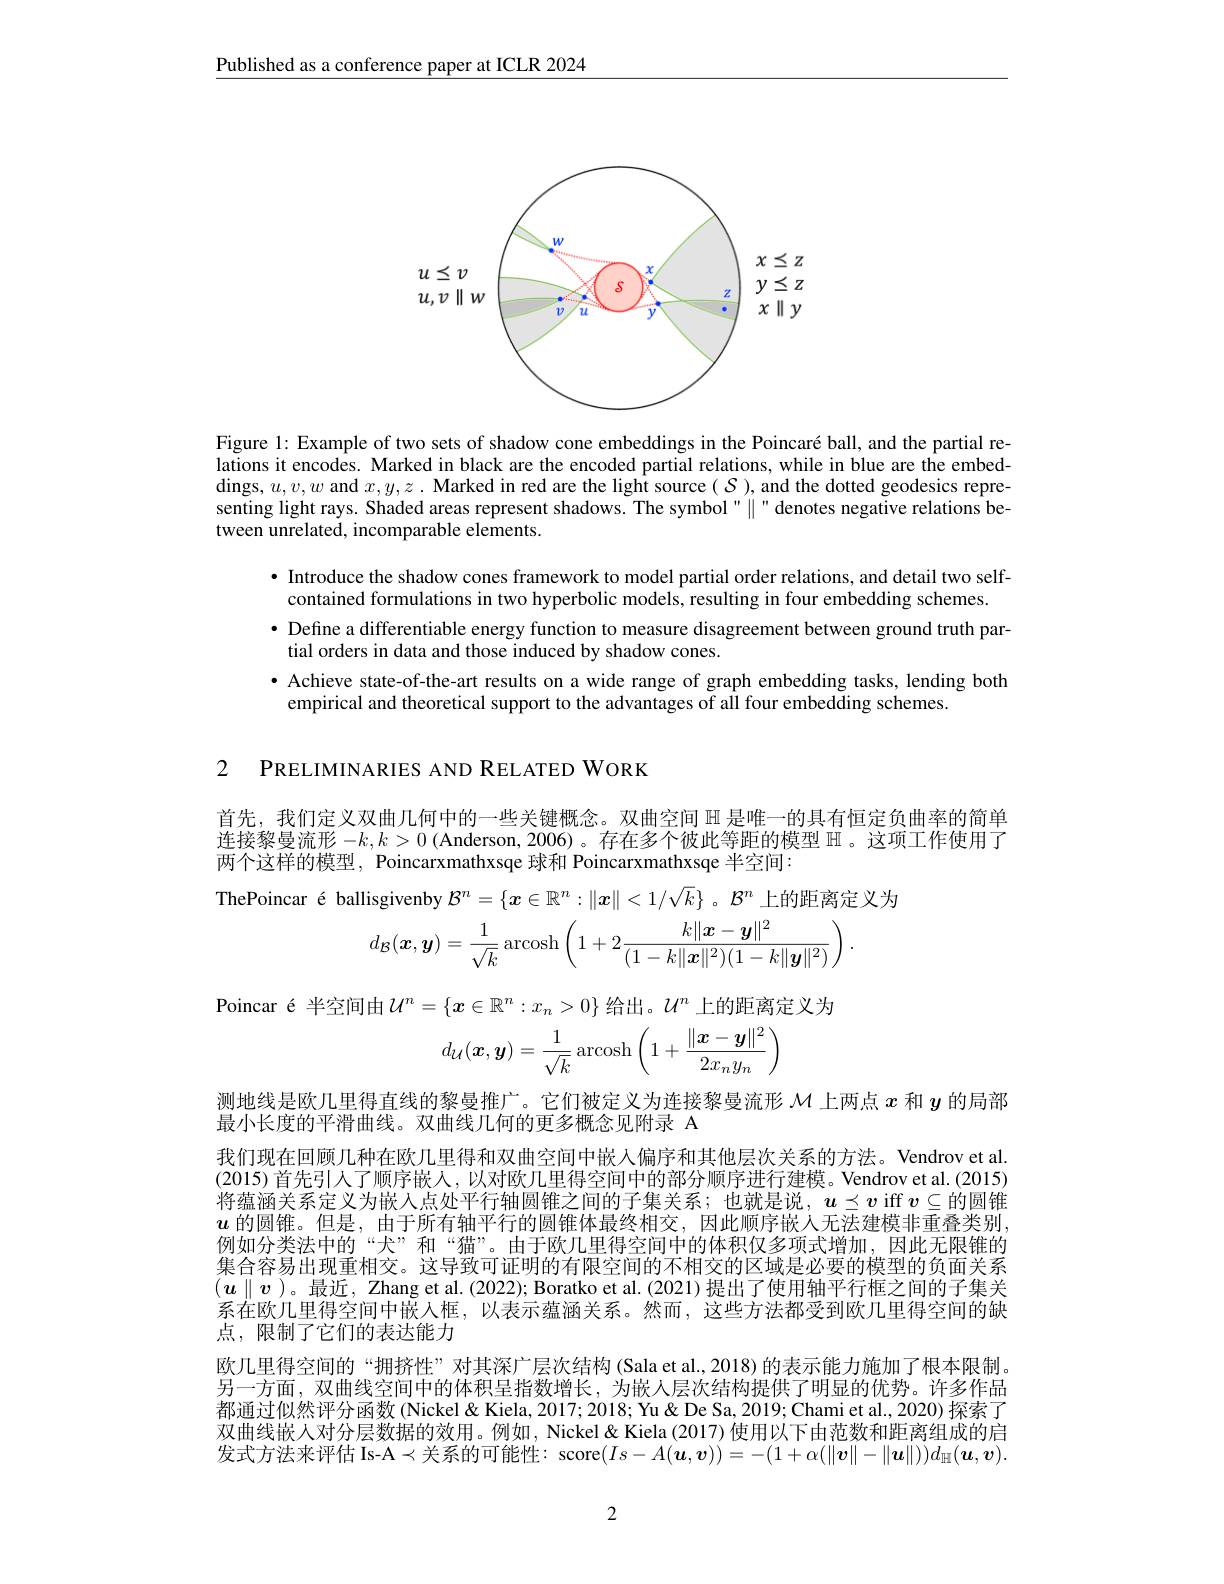
$\underline{\text{Published as a conference paper at ICLR 2024}}$

<FigureHere>

Figure l: Example of two sets of shadow cone embeddings in the Poincaré ball, and the partial relations it encodes. Marked in black are the encoded partial relations, while in blue are the embeddings, $u,v,w$ and $x,y,z.$ Marked in red are the light source( $\mathcal{S})$, and the dotted geodesics representing light rays. Shaded areas represent shadows. The symbol" " denotes negative relations between unrelated, incomparable elements.

· Introduce the shadow cones framework to model partial order relations, and detail two self-
contained formulations in two hyperbolic models, resulting in four embedding schemes.
· Define a differentiable energy function to measure disagreement between ground truth par-
tial orders in data and those induced by shadow cones.
·Achieve state-of-the-art results on a wide range of graph embedding tasks, lending both
empirical and theoretical support to the advantages of all four embedding schemes.

2 PRELIMINARIES AND RELATED WORK

首先，我们定义双曲几何中的一些关键概念。双曲空间 亚是唯一的具有恒定负曲率的简单连接黎曼流形$-k,k>0$ (Anderson, 2006)。存在多个彼此等距的模型$\mathbb{H}$ 。这项工作使用了两个这样的模型，Poincarxmathxsqe 球和 Poincarxmathxsqe 半空间：

é
$$\text{ısgıvenby }\mathcal{B}^{n}=\{\boldsymbol{x}\in\mathbb{R}^{n}:\|\boldsymbol{x}\|<1/\sqrt{k}\}\text{ 。}\mathcal{B}^{n}\text{ 上的距离定}\\d_{\mathcal{B}}(\boldsymbol{x},\boldsymbol{y})=\frac{1}{\sqrt{k}}\operatorname{arcosh}\left(1+2\frac{k\|\boldsymbol{x}-\boldsymbol{y}\|^{2}}{(1-k\|\boldsymbol{x}\|^{2})(1-k\|\boldsymbol{y}\|^{2})}\right).$$
Poincar é 半空间由$\mathcal{U}^n=\{\boldsymbol{x}\in\mathbb{R}^n:x_n>0\}$ 给出。$\mathcal{U}^n$ 上的距离定义为
$$d_\mathcal{U}(\boldsymbol{x},\boldsymbol{y})=\dfrac{1}{\sqrt{k}}\operatorname{arcosh}\left(1+\dfrac{\|\boldsymbol{x}-\boldsymbol{y}\|^2}{2x_ny_n}\right)$$
测地线是欧几里得直线的黎曼推广。它们被定义为连接黎曼流形$\mathcal{M}$上两点$x$和$y$的局部

最小长度的平滑曲线。双曲线几何的更多概念见附录 A
我们现在回顾几种在欧几里得和双曲空间中嵌人偏序和其他层次关系的方法。Vendrov et al. (2015)首先引人了顺序嵌入，以对欧几里得空间中的部分顺序进行建模。Vendrov et al.(2015) 将蕴涵关系定义为嵌入点处平行轴圆锥之间的子集关系；也就是说，$u\preceq v$ iff $v\subseteq$的圆锥$\boldsymbol{u}$的圆锥。但是，由于所有轴平行的圆锥体最终相交，因此顺序嵌人无法建模非重叠类别例如分类法中的“犬”和“猫”。由于欧几里得空间中的体积仅多项式增加，因此无限锥的集合容易出现重相交。这导致可证明的有限空间的不相交的区域是必要的模型的负面关系$(u\parallel v$ )。最近，Zhang et al. (2022); Boratko et al. (2021) 提出了使用轴平行框之间的子集关系在欧几里得空间中嵌人框，以表示蕴涵关系。然而，这些方法都受到欧几里得空间的缺点，限制了它们的表达能力
欧几里得空间的“拥挤性”对其深广层次结构(Sala et al., 2018) 的表示能力施加了根本限制。另一方面，双曲线空间中的体积呈指数增长，为嵌人层次结构提供了明显的优势。许多作品都通过似然评分函数 (Nickel& Kiela, 2017; 2018; Yu & Yu & Pe Sa, 2019; Chami et al., 2020) 探索了双曲线嵌人对分层数据的效用。例如，Nickel & Kiela (2017) 使用以下由范数和距离组成的启发式方法来评估 Is-A$\prec$关系的可能性：score$(Is-A(\boldsymbol{u},\boldsymbol{v}))=-(1+\alpha(\|\boldsymbol{v}\|-\|\boldsymbol{u}\|))d_{\mathbb{H}}(\boldsymbol{u},\boldsymbol{v}).$

2